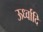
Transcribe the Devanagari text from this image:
ऊर्ध्वादि